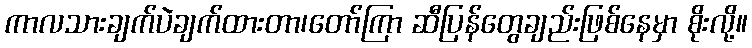
ကာလသားချက်ပဲချက်ထားတာ၊တော်ကြာ ဆီပြန်တွေချည်းဖြစ်နေမှာ စိုးလို့။